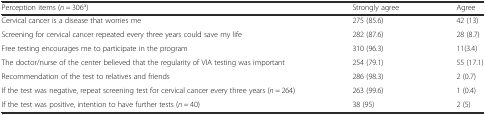
<table><thead><tr><td><b>Perception items (<i>n</i> = 306<sup>a</sup>)</b></td><td><b>Strongly agree</b></td><td><b>Agree</b></td></tr></thead><tbody><tr><td>Cervical cancer is a disease that worries me</td><td>275 (85.6)</td><td>42 (13)</td></tr><tr><td>Screening for cervical cancer repeated every three years could save my life</td><td>282 (87.6)</td><td>28 (8.7)</td></tr><tr><td>Free testing encourages me to participate in the program</td><td>310 (96.3)</td><td>11(3.4)</td></tr><tr><td>The doctor/nurse of the center believed that the regularity of VIA testing was important</td><td>254 (79.1)</td><td>55 (17.1)</td></tr><tr><td>Recommendation of the test to relatives and friends</td><td>286 (98.3)</td><td>2 (0.7)</td></tr><tr><td>If the test was negative, repeat screening test for cervical cancer every three years (<i>n</i> = 264)</td><td>263 (99.6)</td><td>1 (0.4)</td></tr><tr><td>If the test was positive, intention to have further tests (<i>n</i> = 40)</td><td>38 (95)</td><td>2 (5)</td></tr></tbody></table>